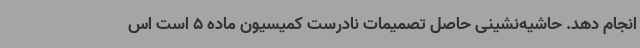
انجام دهد. حاشیه‌نشینی‌ حاصل تصمیمات نادرست کمیسیون ماده 5 است اس